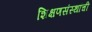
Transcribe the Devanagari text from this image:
शिक्षणसंस्थांची